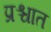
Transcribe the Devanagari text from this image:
प्रश्चात